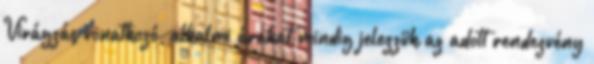
Virágzás vonatkozó, alkalmi árakat mindig jelezzük az adott rendezvény